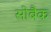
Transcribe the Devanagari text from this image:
सोबैक